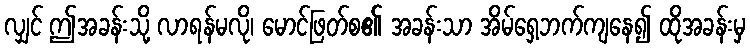
လျှင် ဤအခန်းသို့ လာရန်မလို၊ မောင်ဖြတ်စ၏ အခန်းသာ အိမ်ရှေ့ဘက်ကျနေ၍ ထိုအခန်းမှ